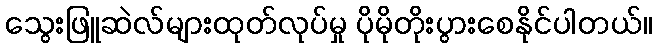
သွေးဖြူဆဲလ်များထုတ်လုပ်မှု ပိုမိုတိုးပွားစေနိုင်ပါတယ်။